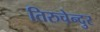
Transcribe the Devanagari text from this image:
तिरुचेन्दुर